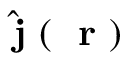
\hat { \mathrm { ~ \bf ~ j ~ } } ( \mathrm { ~ \bf ~ r ~ } )